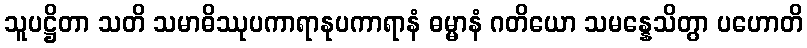
သူပဋ္ဌိတာ သတိ သမာဓိဿုပကာရာနုပကာရာနံ ဓမ္မာနံ ဂတိယော သမန္နေသိတွာ ပဟောတိ